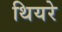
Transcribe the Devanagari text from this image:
थियरे